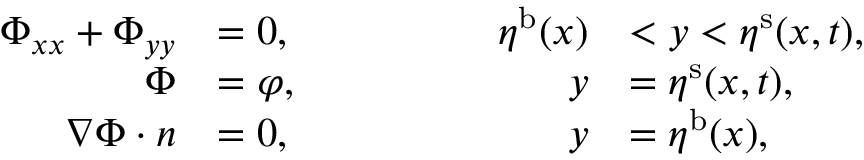
\begin{array} { r l r l } { \Phi _ { x x } + \Phi _ { y y } } & { = 0 , } & { \qquad \qquad \eta ^ { \mathrm { b } } ( x ) } & { < y < \eta ^ { \mathrm { s } } ( x , t ) , } \\ { \Phi } & { = \varphi , } & { \qquad \qquad y } & { = \eta ^ { \mathrm { s } } ( x , t ) , } \\ { \nabla \Phi \cdot \boldsymbol n } & { = 0 , } & { \qquad \qquad y } & { = \eta ^ { \mathrm { b } } ( x ) , } \end{array}